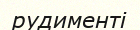
рудименті